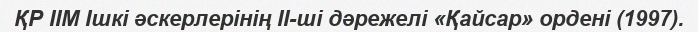
ҚР ІІМ Ішкі әскерлерінің ІІ-ші дәрежелі «Қайсар» ордені (1997).